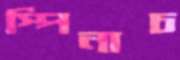
স্পিনাচ